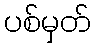
ပစ်မှတ်